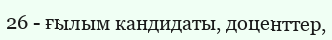
26 - ғылым кандидаты, доценттер,